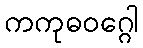
ကကုဓဝဂ္ဂေါ